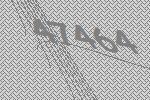
47464